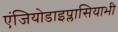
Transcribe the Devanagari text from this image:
एंजियोडाइप्लासियाभी